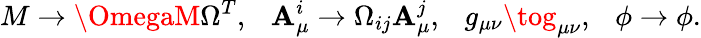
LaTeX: M\to\OmegaM\Omega^{T},\ \ \ {\cal\mathbf{A}}_{\mu}^{i}\to\Omega_{ij}{\cal\mathbf{A}}_{\mu}^{j},\ \ \ g_{\mu\nu}\tog_{\mu\nu},\ \ \ \phi\to\phi.